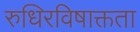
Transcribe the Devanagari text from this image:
रुधिरविषाक्तता